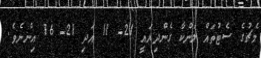
މެޗުގެ ސެޓުތައް ލަންކާ ގެންދިޔައީ 21- 11 އަދި 21- 16 އިންނެވެ.